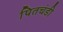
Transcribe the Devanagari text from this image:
पितचंडी